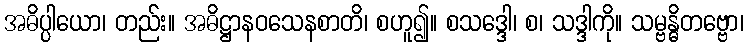
အဓိပ္ပါယော၊ တည်း။ အဓိဋ္ဌာနဝသေနစာတိ၊ စဟူ၍။ စသဒ္ဒေါ၊ စ၊ သဒ္ဒါကို။ သမ္ဗန္ဓိတဗ္ဗော၊